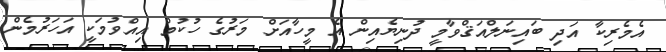
އެމެރިކާ އަދި ބައިނަލްއަޤްވާމީ ދުނިޔެއިން އެ މީހާއަށް މަރުގެ ހުކުމް އިއްވުމަކީ އަހަރުމެން